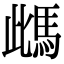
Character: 𩢑